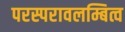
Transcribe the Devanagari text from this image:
परस्परावलम्बित्व